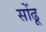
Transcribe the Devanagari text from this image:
सोंढू